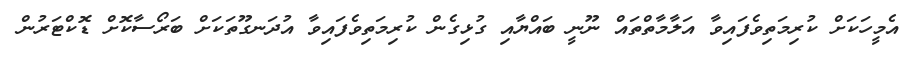
އެމީހަކަށް ކުރިމަތިވެފައިވާ އަލާމާތްތައް ނޫނީ ބައްޔާއި ގުޅިގެން ކުރިމަތިވެފައިވާ އުދަނގޫތަކަށް ބަރޯސާކޮށް ޑޮކްޓަރުން